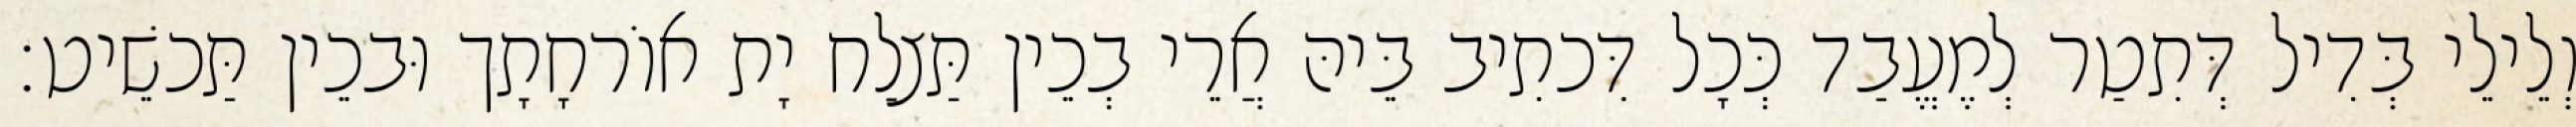
וְלֵילֵי בְּדִיל דְּתִטַר לְמֶעֱבַד כְּכָל דִּכתִיב בֵּיהּ אֲרֵי בְכֵין תַּצלַח יָת אוֹרחָתָך וּבכֵין תַּכשֵׁיט׃